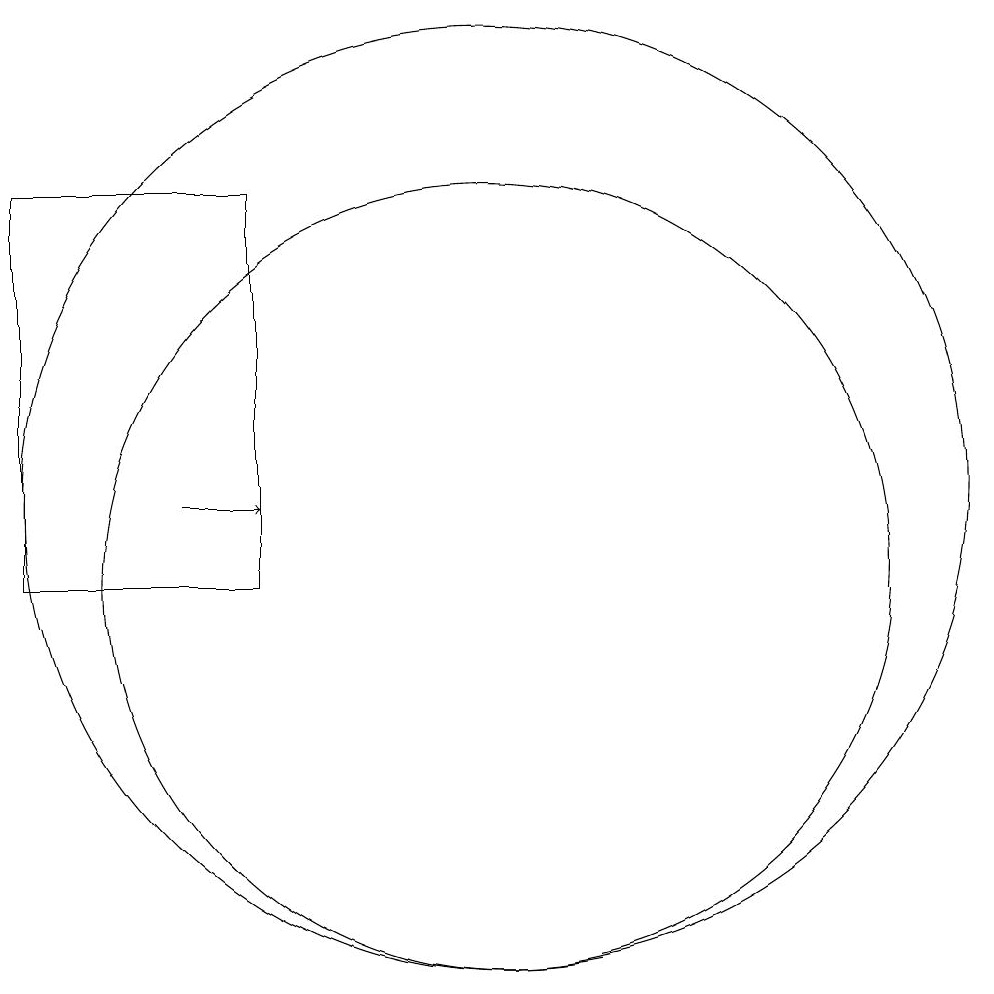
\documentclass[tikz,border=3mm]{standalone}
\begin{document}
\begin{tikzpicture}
\draw[->] (6,11) -- (7,11);
\draw (10,11) circle (6);
\draw (7,15) rectangle (4,10);
\draw (10,10) circle (5);
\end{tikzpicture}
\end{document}